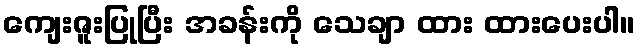
ကျေးဇူးပြုပြီး အခန်းကို သေချာ ထား ထားပေးပါ။